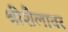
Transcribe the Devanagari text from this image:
श्रीशैलावर